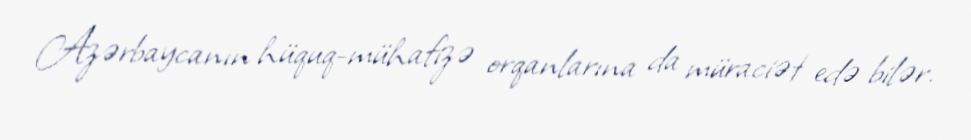
Azərbaycanın hüquq-mühafizə orqanlarına da müraciət edə bilər.